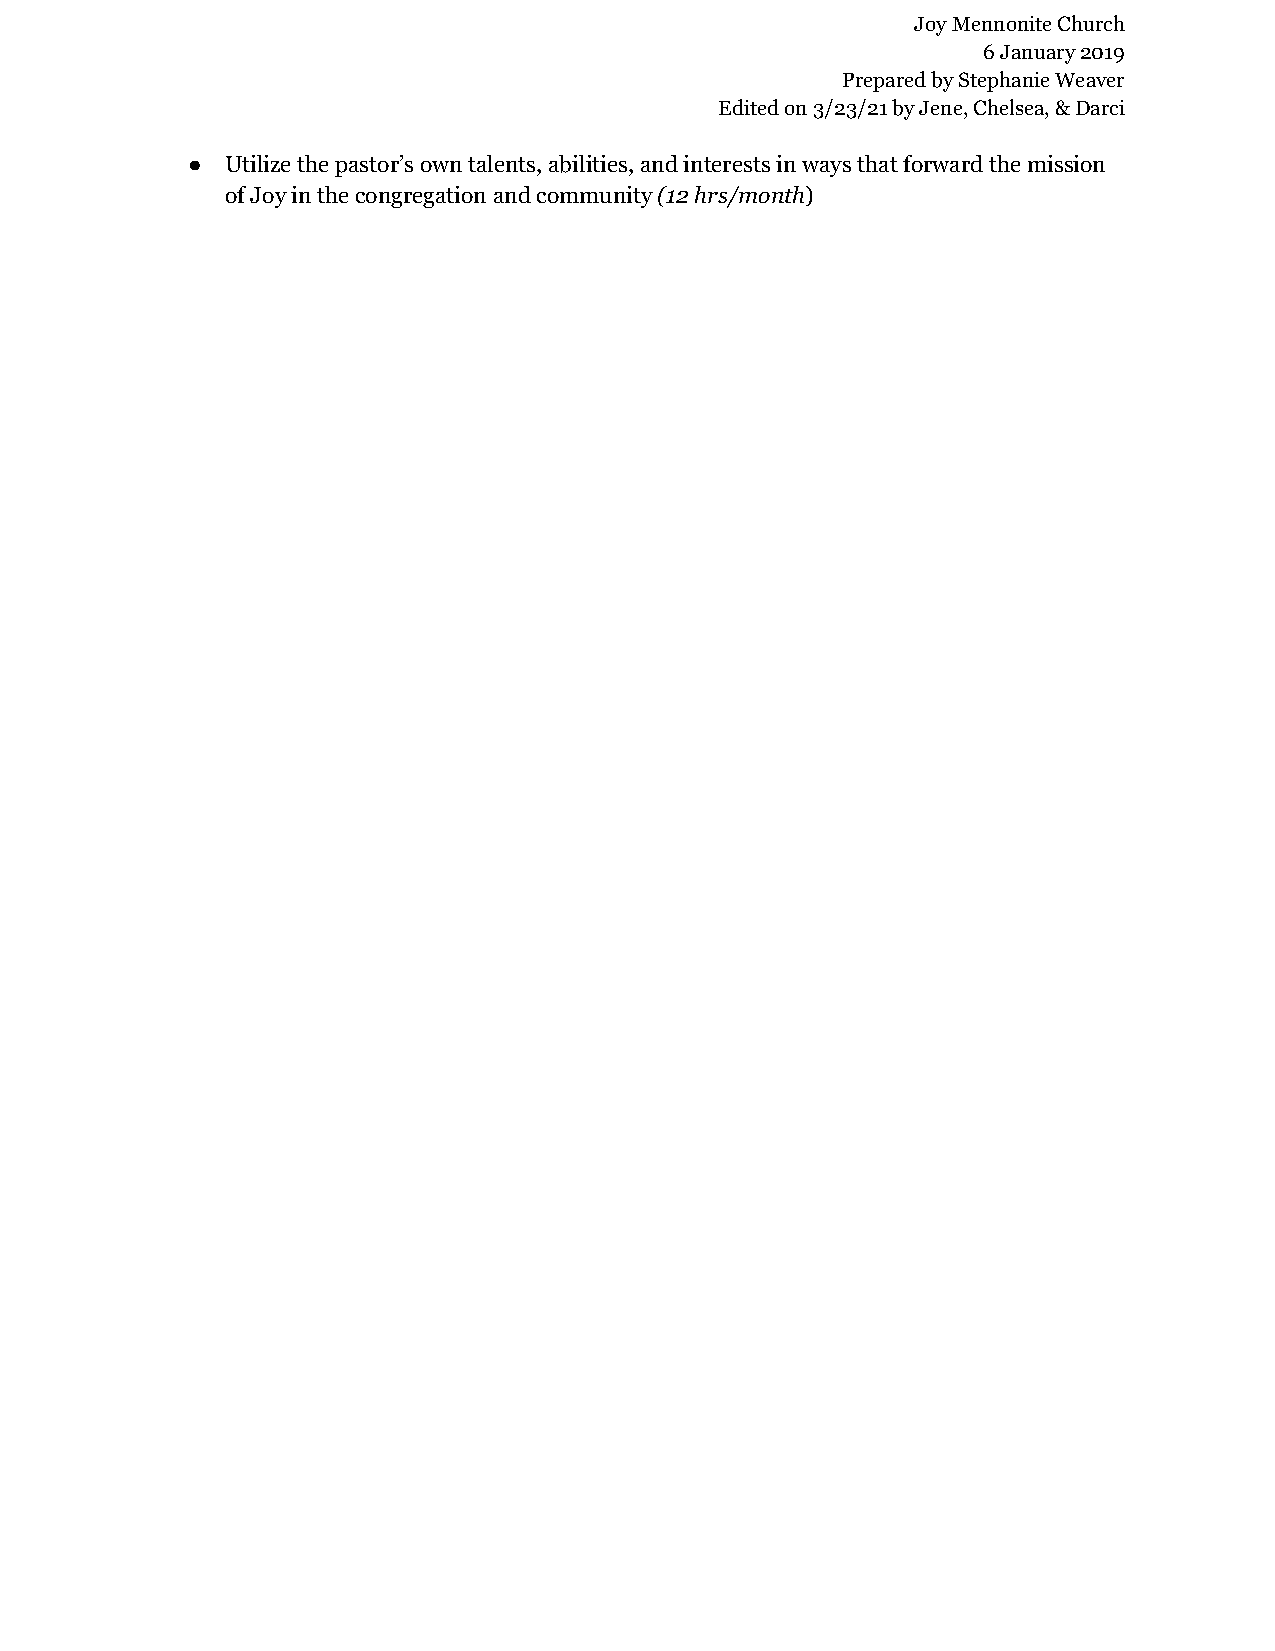
Joy Mennonite Church
 6 January 2019
 Prepared by Stephanie Weaver
 Edited on 3/23/21 by Jene, Chelsea, & Darci
 ●  Utilize the pastor’s own talents, abilities, and interests in ways that forward the mission
 of Joy in the congregation and community(12 hrs/month)